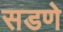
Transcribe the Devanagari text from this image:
सडणे